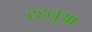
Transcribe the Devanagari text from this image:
टहलुआ